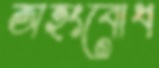
অহংবোধ